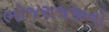
ભોજરાજજીનો